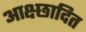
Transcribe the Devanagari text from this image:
आक्ष्छादित